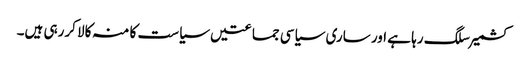
کشمیر سلگ رہا ہے اور ساری سیاسی جماعتیں سیاست کا منہ کالا کررہی ہیں۔